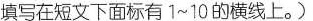
填写在短文下面标有 1~10 的横线上。)